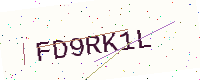
Text: FD9RK1L